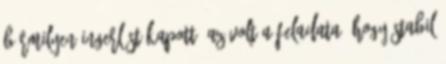
bármilyen ingerlést kapott, az volt a feladata, hogy stabil